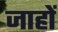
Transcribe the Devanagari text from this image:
जाहों